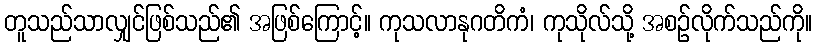
တူသည်သာလျှင်ဖြစ်သည်၏ အဖြစ်ကြောင့်။ ကုသလာနုဂတိကံ၊ ကုသိုလ်သို့ အစဉ်လိုက်သည်ကို။